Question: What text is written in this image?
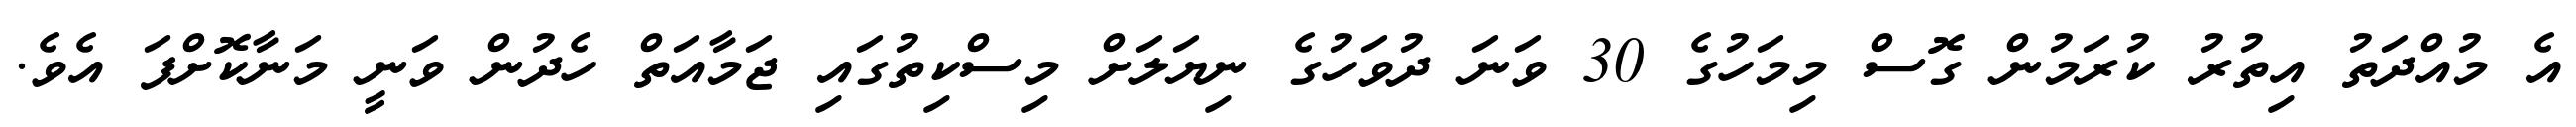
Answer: އެ މުއްދަތު އިތުރު ކުރަމުން ގޮސް މިމަހުގެ 30 ވަނަ ދުވަހުގެ ނިޔަލަށް މިސްކިތުގައި ޖަމާއަތް ހެދުން ވަނީ މަނާކޮށްފަ އެވެ.